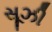
સૂઝી